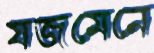
যজমেনে